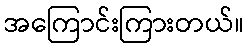
အကြောင်းကြားတယ်။